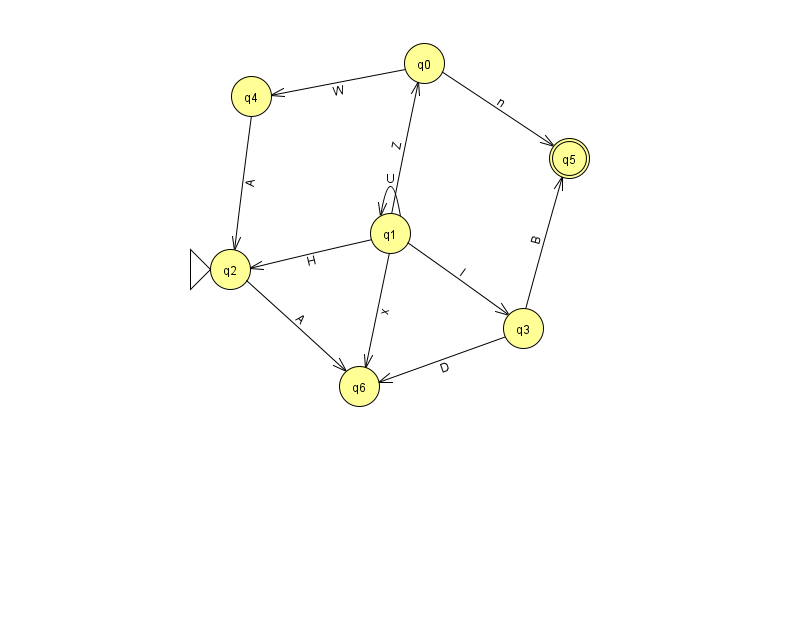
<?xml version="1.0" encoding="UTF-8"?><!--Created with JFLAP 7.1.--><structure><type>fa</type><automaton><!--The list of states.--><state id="0" name="q0"><x>424.0</x><y>50.0</y></state><state id="1" name="q1"><x>390.0</x><y>220.0</y></state><state id="2" name="q2"><x>230.0</x><y>256.0</y><initial/></state><state id="3" name="q3"><x>523.0</x><y>315.0</y></state><state id="4" name="q4"><x>251.0</x><y>83.0</y></state><state id="5" name="q5"><x>569.0</x><y>145.0</y><final/></state><state id="6" name="q6"><x>359.0</x><y>373.0</y></state><!--The list of transitions.--><transition><from>1</from><to>2</to><read>H</read></transition><transition><from>4</from><to>2</to><read>A</read></transition><transition><from>1</from><to>3</to><read>l</read></transition><transition><from>1</from><to>1</to><read>U</read></transition><transition><from>3</from><to>6</to><read>D</read></transition><transition><from>1</from><to>6</to><read>x</read></transition><transition><from>2</from><to>6</to><read>A</read></transition><transition><from>3</from><to>5</to><read>B</read></transition><transition><from>1</from><to>0</to><read>Z</read></transition><transition><from>0</from><to>5</to><read>n</read></transition><transition><from>0</from><to>4</to><read>W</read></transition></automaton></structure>